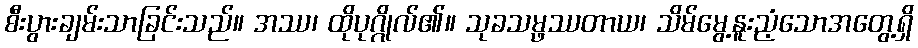
စီးပွားချမ်းသာခြင်းသည်။ အဿ၊ ထိုပုဂ္ဂိုလ်၏။ သုခသမ္ဖဿတာယ၊ သိမ်မွေ့နူးညံ့သောအတွေ့ရှိ